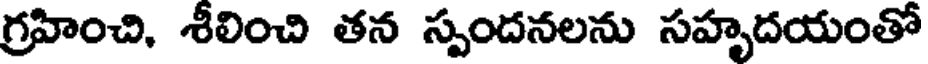
గ్రహించి, శీలించి తన స్పందనలను సహృదయంతో